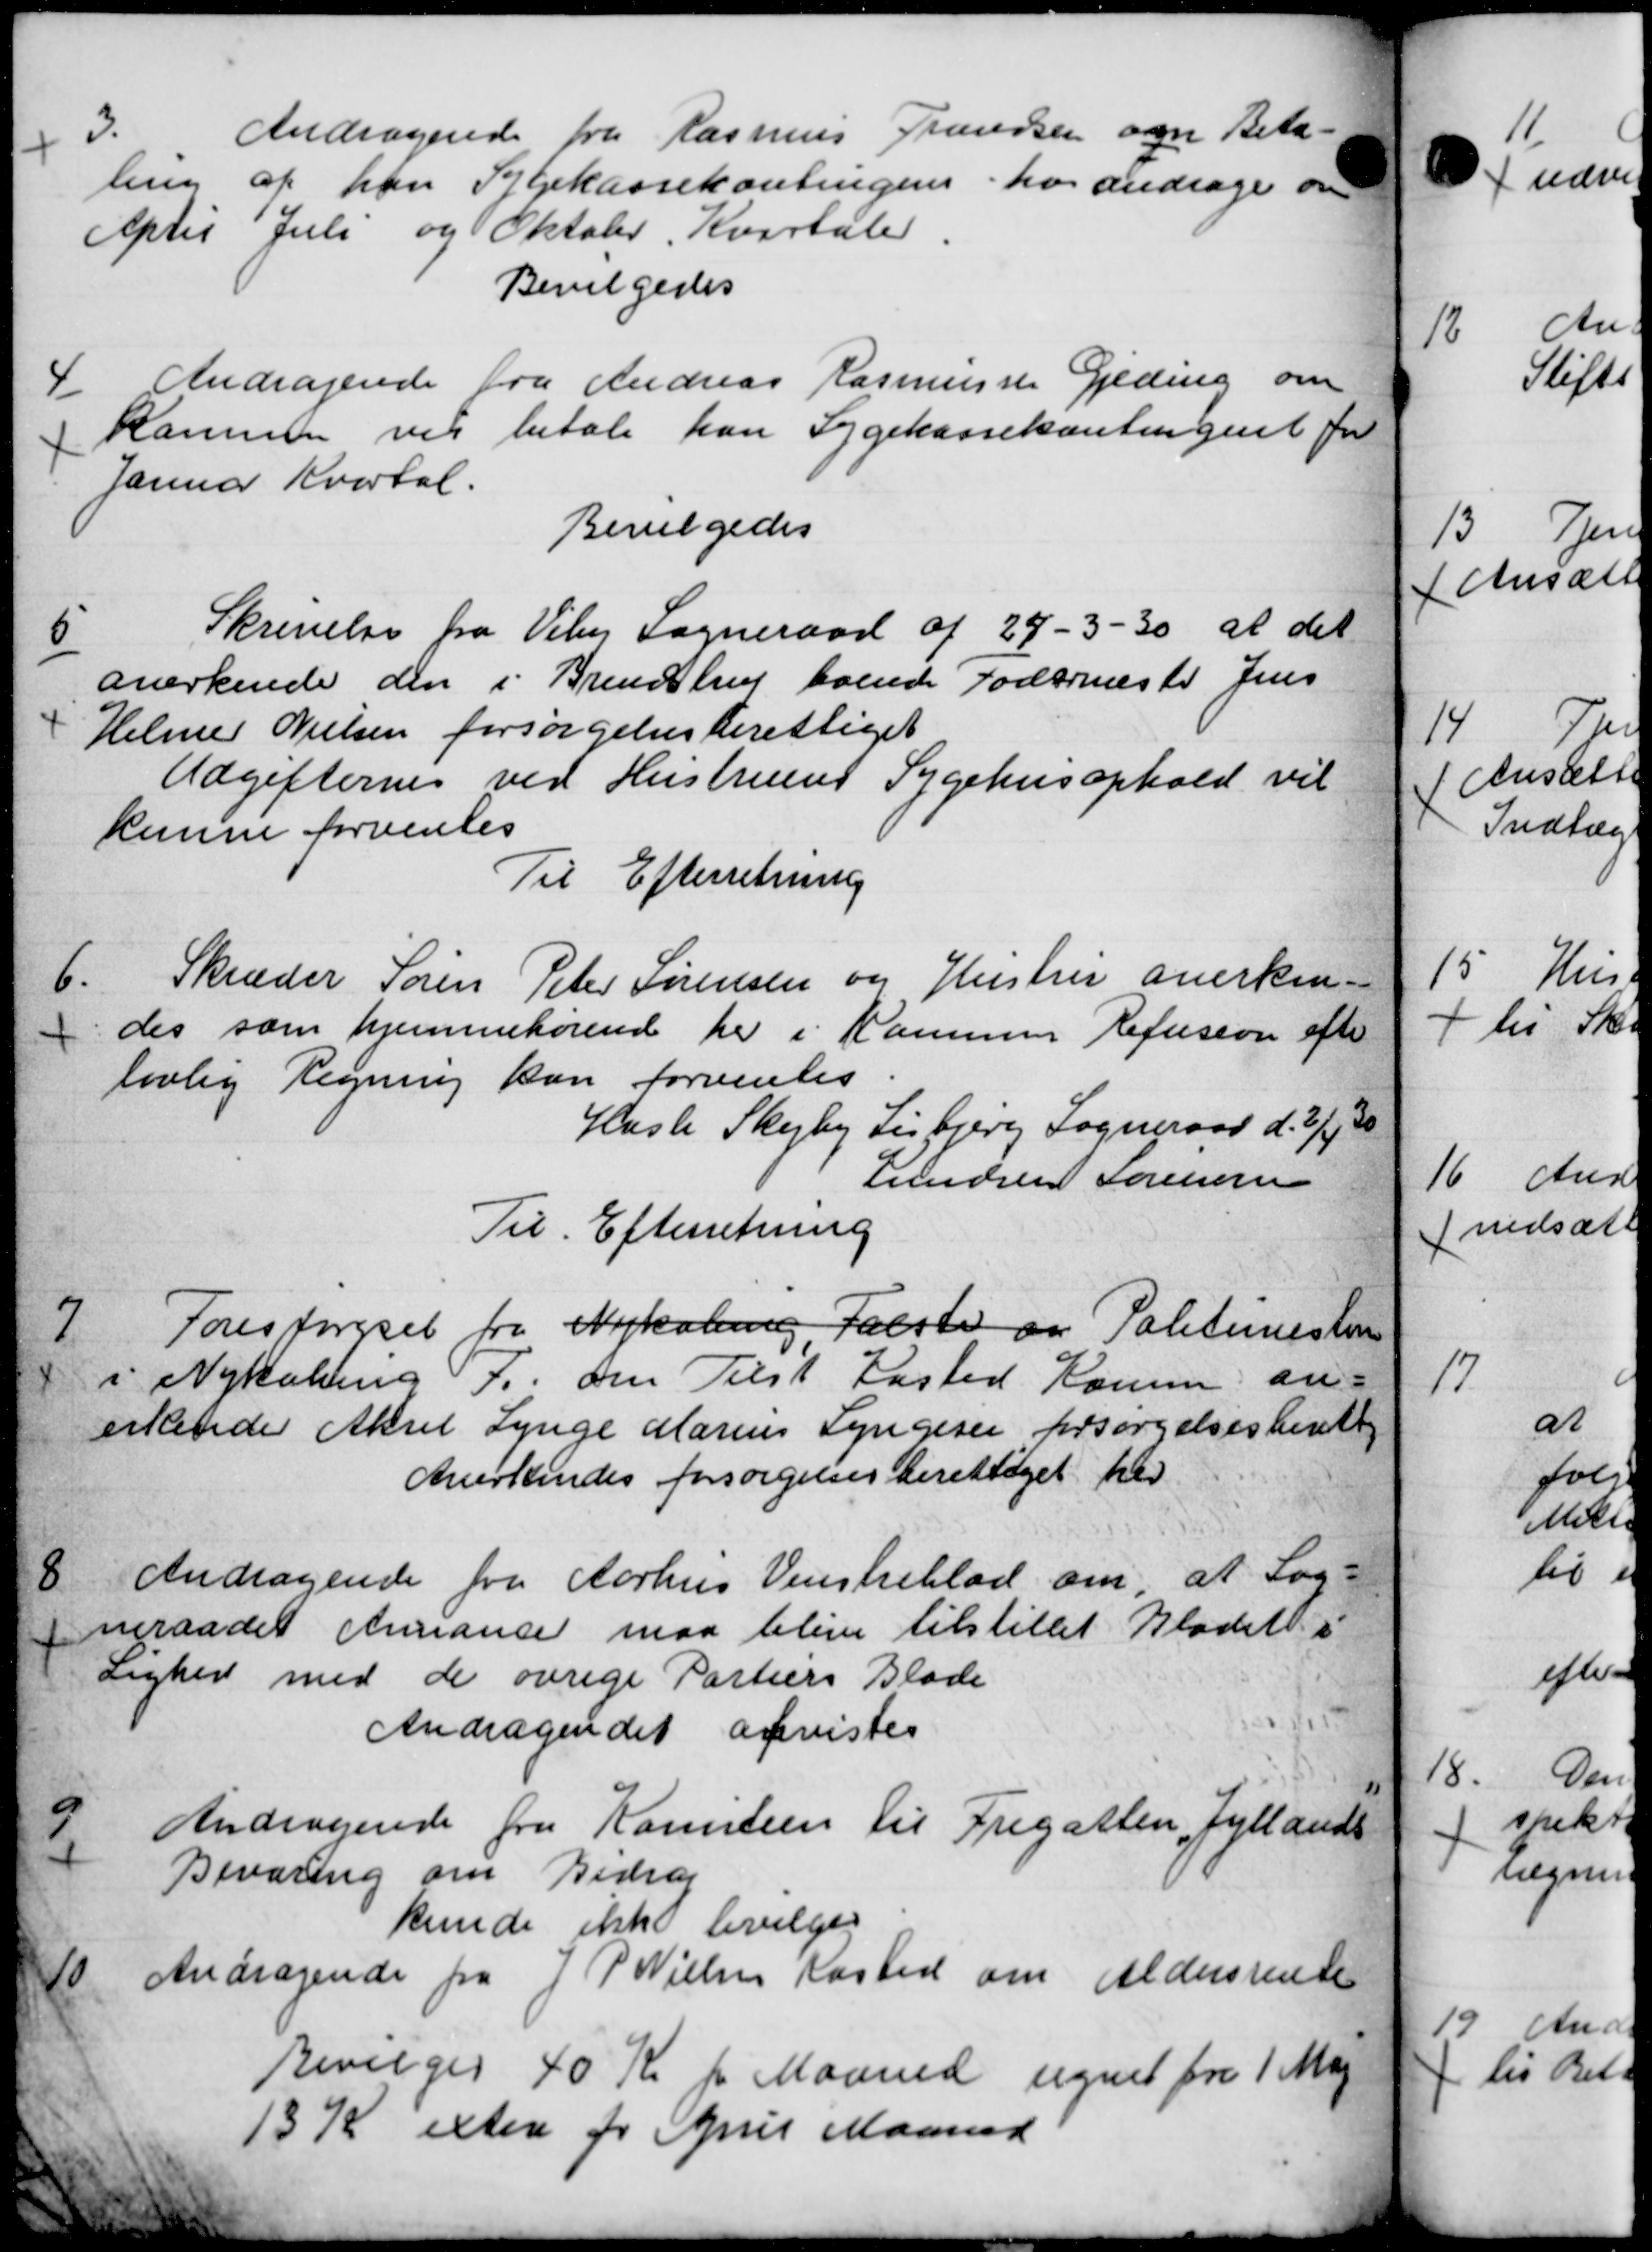
Transskription:
3.
Andragende fra Rasmus Grandsen om Beta-
ling af han Sygekassekontingens hos andrage om
Optil Juli og Oktober Kvartaler
Bevilgedes
4-
Andragende fra Andreas Rasmussen Gjeding om
Kammen vil betale kan Sygekassekontingent for
Januar Kvartal.
Bevilgedes
6
Skrivelse fra Viby Sogneraad af 27 - 3 -30 at det
anerkende den i Brendstrup boende Fodernæste Jens
Helmer Nielsen forsørgelsesberettiget
Udgifternes ved Hustruens Sygehusophold vil
kunne forventes
Til Efterretning
6.
Skræder Søren Peter Sørensen og Hustru anerken-
des som hjemmehørende her i Kommune Refusion efter
lovlig Regning kan forventes.
Hasle Skejby Lisbjerg Sogneraad d. 2/9 30
Lundsen Sørensen
Til Efterretning
7
Forespørgsel fra Nykøbing Falste og Politimester
i Nykabing F. om Tilst Kasted Komm. an-
erkende Aksel Lynge Marius Lyngesen forsørgelsesberettig
Anerkendes forsørgelsesberettiget her
8
Andragende fra Aarhus Venstreblad om, at Sog-
neraadet Annonce maa blive tilstillet Bladet i
Lighed med de øvrige Partiers Blade
Andragendet anvistes
9
Andragende fra Kommen til Fregatten, Jyllands
Bevaring om Bidrag
kunde ikke bevilge
10.
Andragende fra J P Nielsen Kasted om Aldersrente
Bevilges 40 Kr pr Maaned regnet fra 1 Maj
13 Kr exter for April Maaned